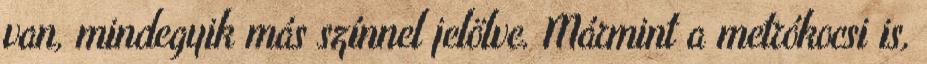
van, mindegyik más színnel jelölve. Mármint a metrókocsi is,